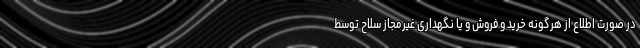
در صورت اطلاع از هرگونه خرید و فروش و یا نگهداری غیرمجاز سلاح توسط